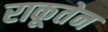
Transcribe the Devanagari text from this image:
राकूतेन